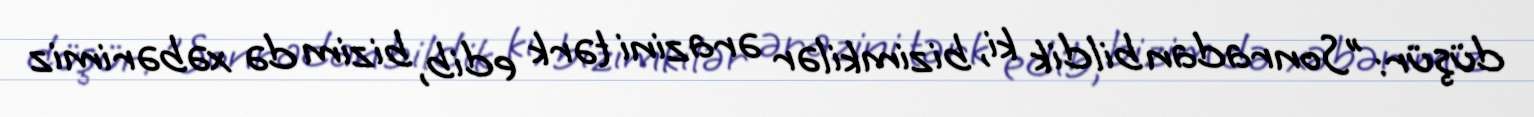
düşür: ”Sonradan bildik ki, bizimkilər ərazini tərk edib, bizim də xəbərimiz